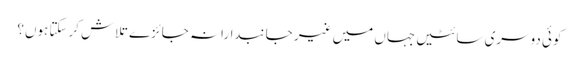
کوئی دوسری سائٹیں جہاں میں غیر جانبدارانہ جائزے تلاش کرسکتا ہوں؟